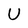
Character: U